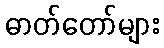
ဓာတ်တော်များ